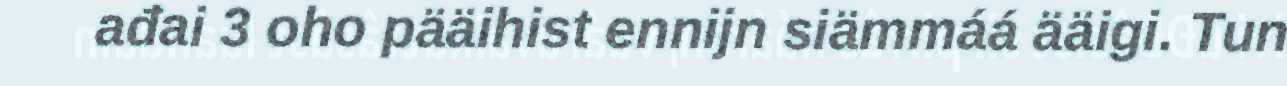
ađai 3 oho pääihist ennijn siämmáá ääigi. Tun